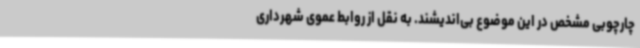
چارچوبی مشخص در این موضوع بی‌اندیشند. به نقل از روابط عموی شهرداری